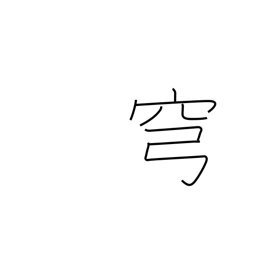
Meaning: sky